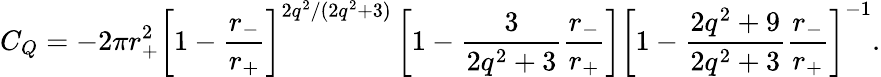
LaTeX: C_{Q}=-2\pi r_{+}^{2}\left[1-\frac{r_{-}}{r_{+}}\right]^{2q^{2}/(2q^{2}+3)}\left[1-\frac{3}{2q^{2}+3}\frac{r_{-}}{r_{+}}\right]\left[1-\frac{2q^{2}+9}{2q^{2}+3}\frac{r_{-}}{r_{+}}\right]^{-1}.